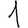
Digit: 1